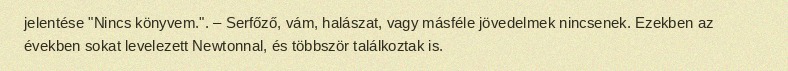
jelentése "Nincs könyvem.". – Serfőző, vám, halászat, vagy másféle jövedelmek nincsenek. Ezekben az években sokat levelezett Newtonnal, és többször találkoztak is.